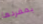
بمفردها